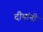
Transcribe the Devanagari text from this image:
दीपांनी